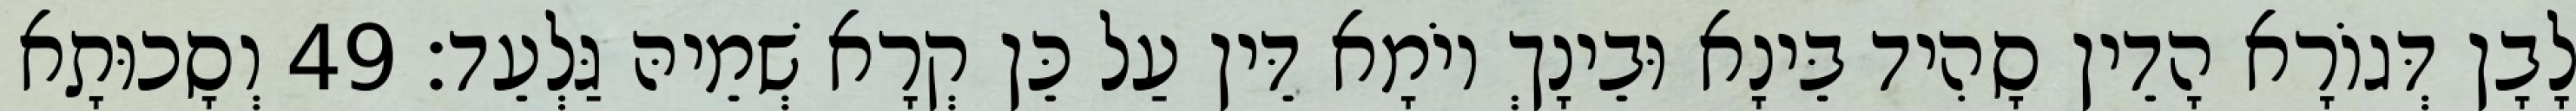
לָבָן דְּגוֹרָא הָדֵין סָהִיד בֵּינָא וּבֵינָךְ יוֹמָא דֵּין עַל כֵּן קְרָא שְׁמֵיהּ גַּלְעֵד׃ 49 וְסָכוּתָא